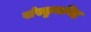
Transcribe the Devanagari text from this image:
संस्कृतनिष्ट